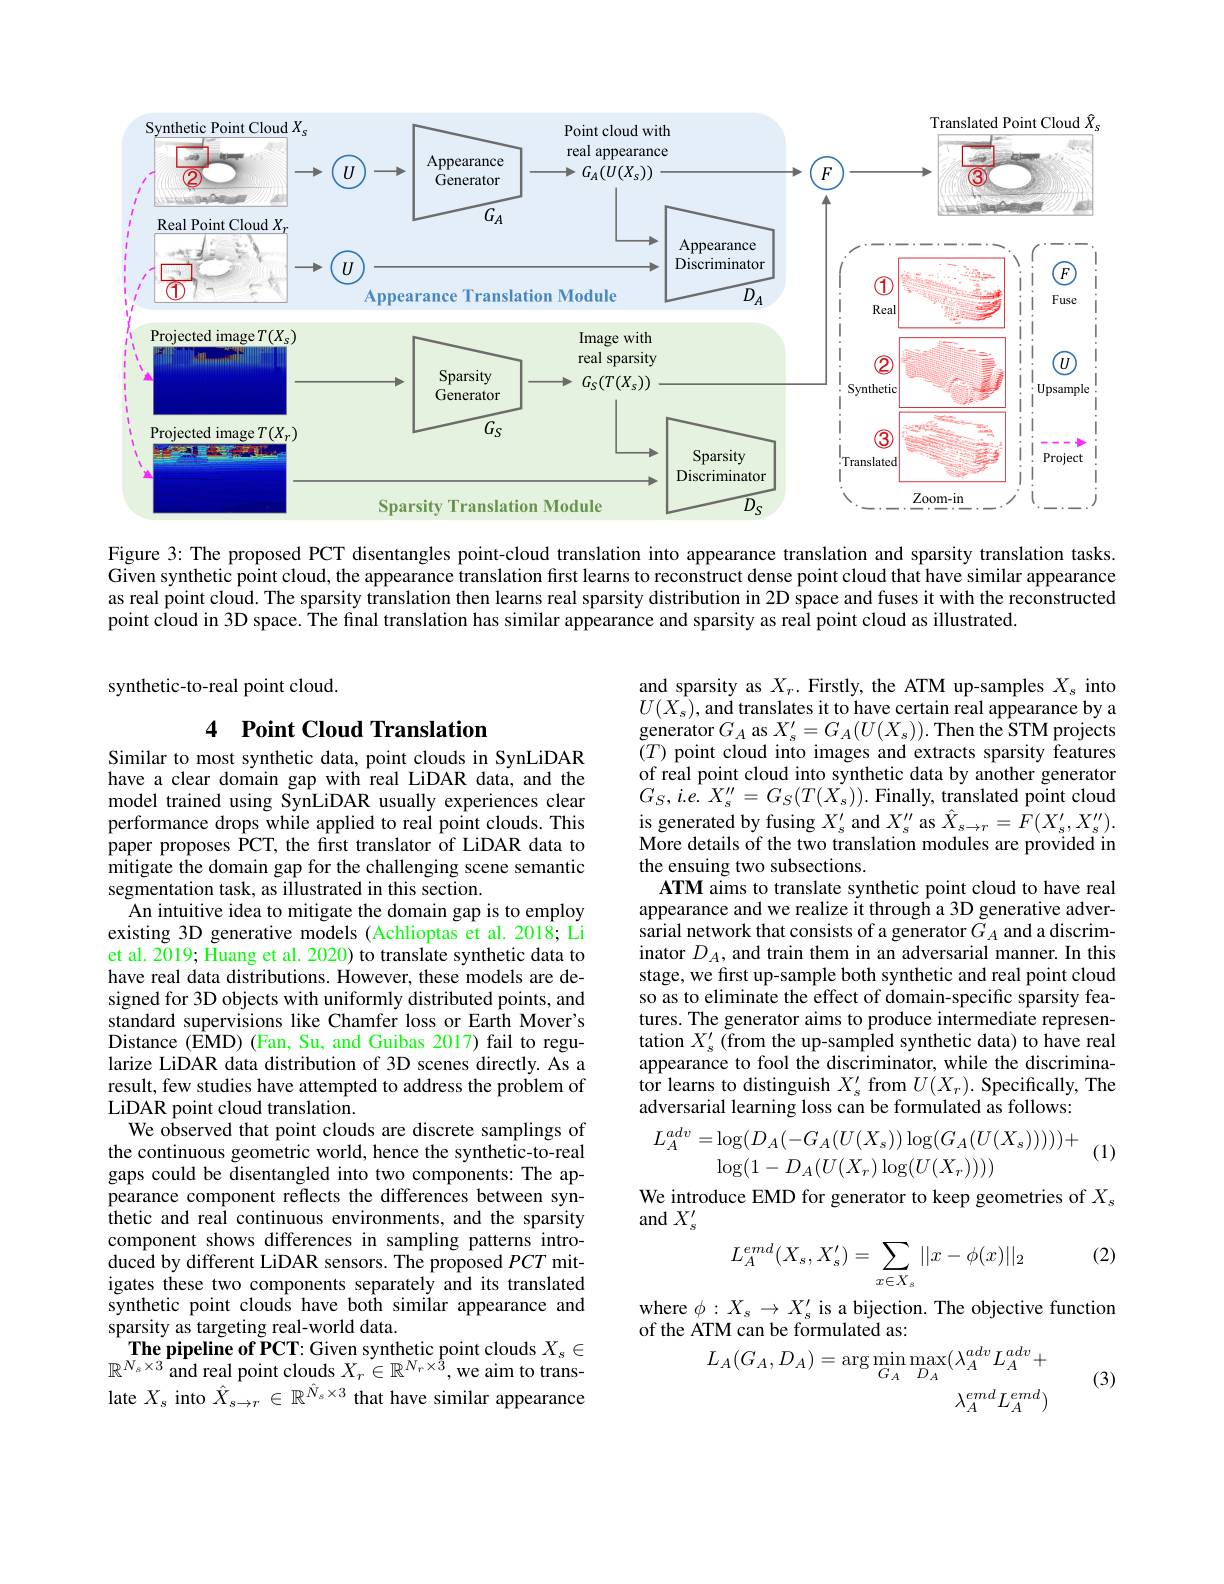
<FigureHere>

Figure 3: The proposed PCT disentangles point-cloud translation into appearance translation and sparsity translation tasks. Given synthetic point cloud, the appearance translation first learns to reconstruct dense point cloud that have similar appearance as real point cloud. The sparsity translation then learns real sparsity distribution in 2D space and fuses it with the reconstructed point cloud in 3D space. The final translation has similar appearance and sparsity as real point cloud as illustrated.

synthetic-to-real point cloud.

### 4 $\textbf{Point Cloud Translation}$

and sparsity as $X_r.$ Firstly, the ATM up-samples $X_s$ into $U(X_{s})$,and translates it to have certain real appearance by a generator$G_A$ as $X_s^\prime=G_A(U(X_s)).$ Then the STM projects $(T)$ point cloud into images and extracts sparsity features of real point cloud into synthetic data by another generator $G_{S}, i. \hat{e} .$ $X_{s}^{\prime \prime }= G_{S}( T( \dot{X} _{s}) ) .$ Finally, translated point cloud is generated by fusing $X_{s}^{\prime}$ and $X_{s}^{\prime\prime}$ as $\hat{X}_{s\to r}=F(X_{s}^{\prime},X_{s}^{\prime\prime}).$ More details of the two translation modules are provided in the ensuing two subsections.
ATM aims to translate synthetic point cloud to have real appearance and we realize it through a 3D generative adversarial network that consists of a generator $G_A$ and a discriminator $D_A$, and train them in an adversarial manner. In this stage, we first up-sample both synthetic and real point cloud so as to eliminate the effect of domain-specific sparsity features. The generator aims to produce intermediate representation $X_s^{\prime}$ (from the up-sampled synthetic data) to have real appearance to fool the discriminator, while the discriminator learns to distinguish $X_{s}^{\prime}$ from $U(X_{r}).$ Specifically, The adversarial learning loss can be formulated as follows:
$$\begin{aligned}L_{A}^{adv}&=\log(D_{A}(-G_{A}(U(X_{s}))\log(G_{A}(U(X_{s})))))+\\&\log(1-D_{A}(U(X_{r})\log(U(X_{r}))))\end{aligned}$$
Similar to most synthetic data, point clouds in SynLiDAR have a clear domain gap with real LiDAR data, and the model trained using SynLiDAR usually experiences clear performance drops while applied to real point clouds. This paper proposes PCT, the first translator of LiDAR data to mitigate the domain gap for the challenging scene semantic segmentation task, as illustrated in this section
An intuitive idea to mitigate the domain gap is to employ existing 3D generative models (Achlioptas et al.2018; Li et al. 2019; Huang et al. 2020) to translate synthetic data to have real data distributions. However, these models are designed for 3D objects with uniformly distributed points, and standard supervisions like Chamfer loss or Earth Mover's Distance (EMD) (Fan, Su, and Guibas 2017) fail to regularize LiDAR data distribution of 3D scenes directly. As a result, few studies have attempted to address the problem of LiDAR point cloud translation.
We observed that point clouds are discrete samplings of the continuous geometric world, hence the synthetic-to-real gaps could be disentangled into two components: The appearance component reflects the differences between synthetic and real continuous environments, and the sparsity component shows differences in sampling patterns introduced by different LiDAR sensors. The proposed $PCT$ mitigates these two components separately and its translated synthetic point clouds have both similar appearance and sparsity as targeting real-world data.
$\mathbf{The~pipeline~of~PCT:~Given~synthetic~point~clouds~}X_{s}\in$ $\mathbb{R}^{N_s\times3}$and real point clouds $X_r\in\mathbb{R}^N_r\times{\hat{3}}$,we aim to translate $X_s$ into $\hat{X}_{s\to r}\in\mathbb{R}^{\hat{N}_s\times3}$ that have similar appearance

(1)

We introduce EMD for generator to keep geometries of $X_s$
and $X_s^{\prime}$

(2)
$$L_A^{emd}(X_s,X_s')=\sum_{x\in X_s}||x-\phi(x)||_2$$
where $\phi:X_s\to X_s^{\prime}$ is a bijection. The objective function
of the ATM can be formulated as:
$$\begin{aligned}L_A(G_A,D_A)=\arg\min_{G_A}\max_{D_A}(\lambda_A^{adv}L_A^{adv}+\\\lambda_A^{emd}L_A^{emd})\end{aligned}$$
(3)